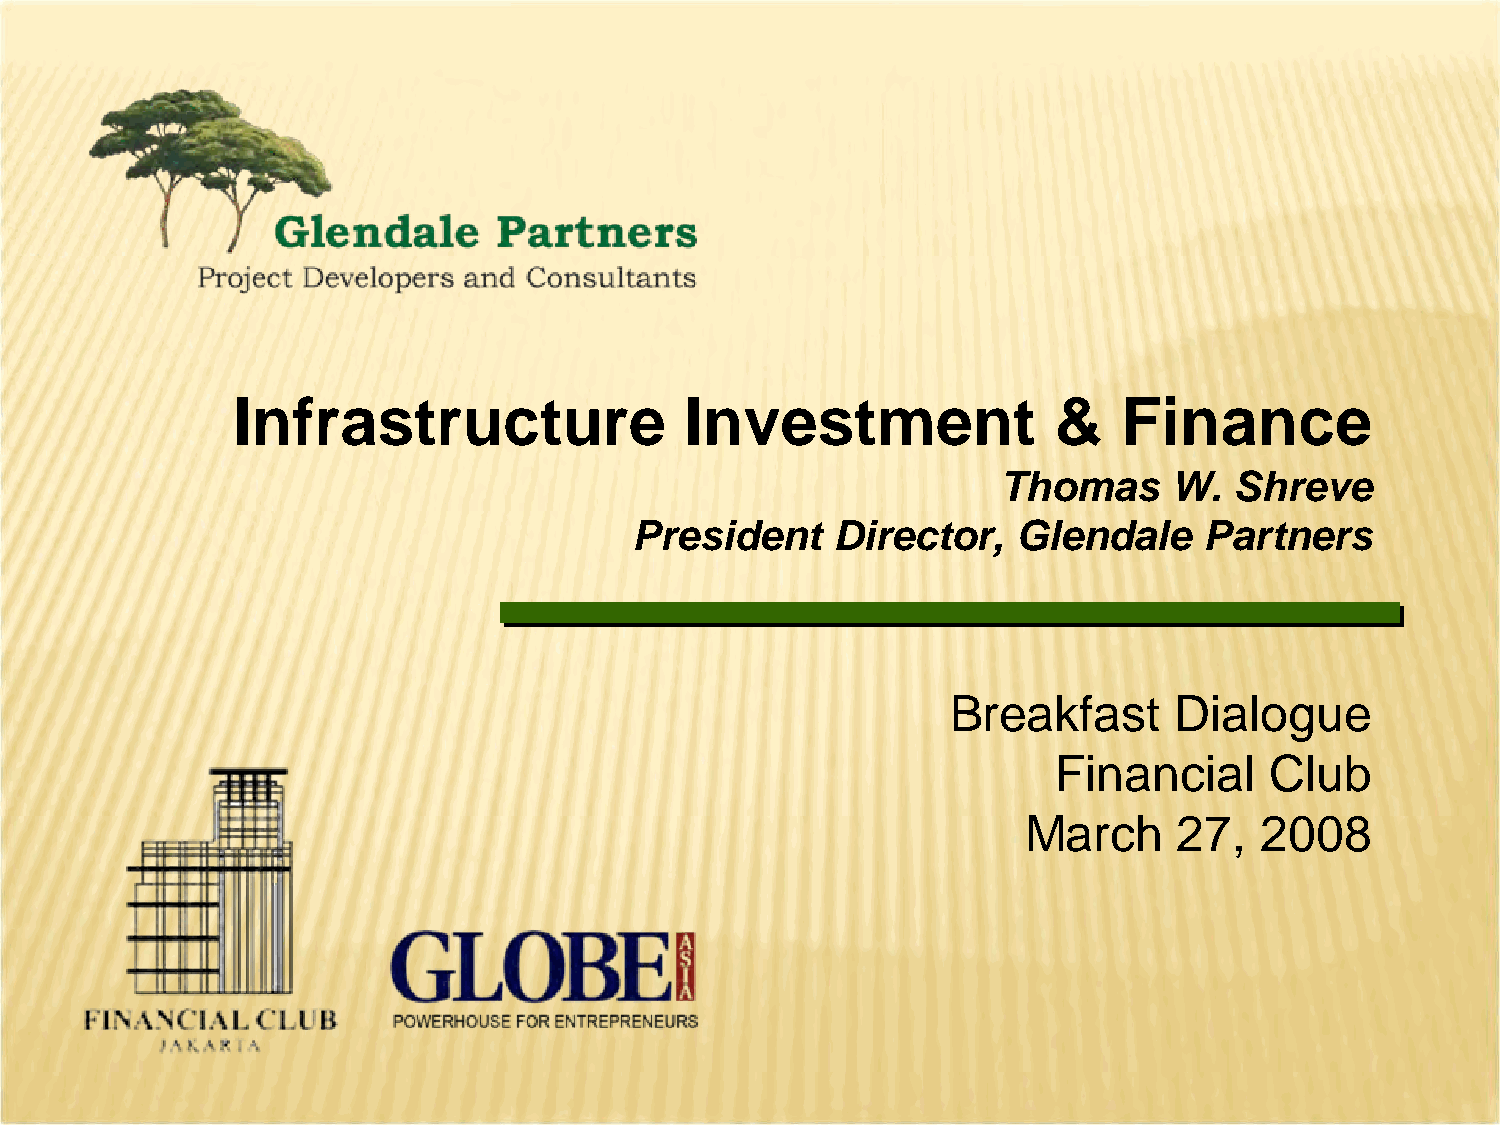
Infrastructure                Investment               &   Finance
 Thomas      W.  Shreve
 President    Director,   Glendale     Partners
 Breakfast      Dialogue
 Financial     Club
 March     27,  2008